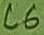
Text: C6